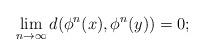
LaTeX: \begin{align*}\lim_{n\to \infty} d(\phi^{n}(x),\phi^{n}(y)) = 0;\end{align*}